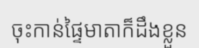
ចុះកាន់ផ្ទៃមាតាក៏ដឹងខ្លួន